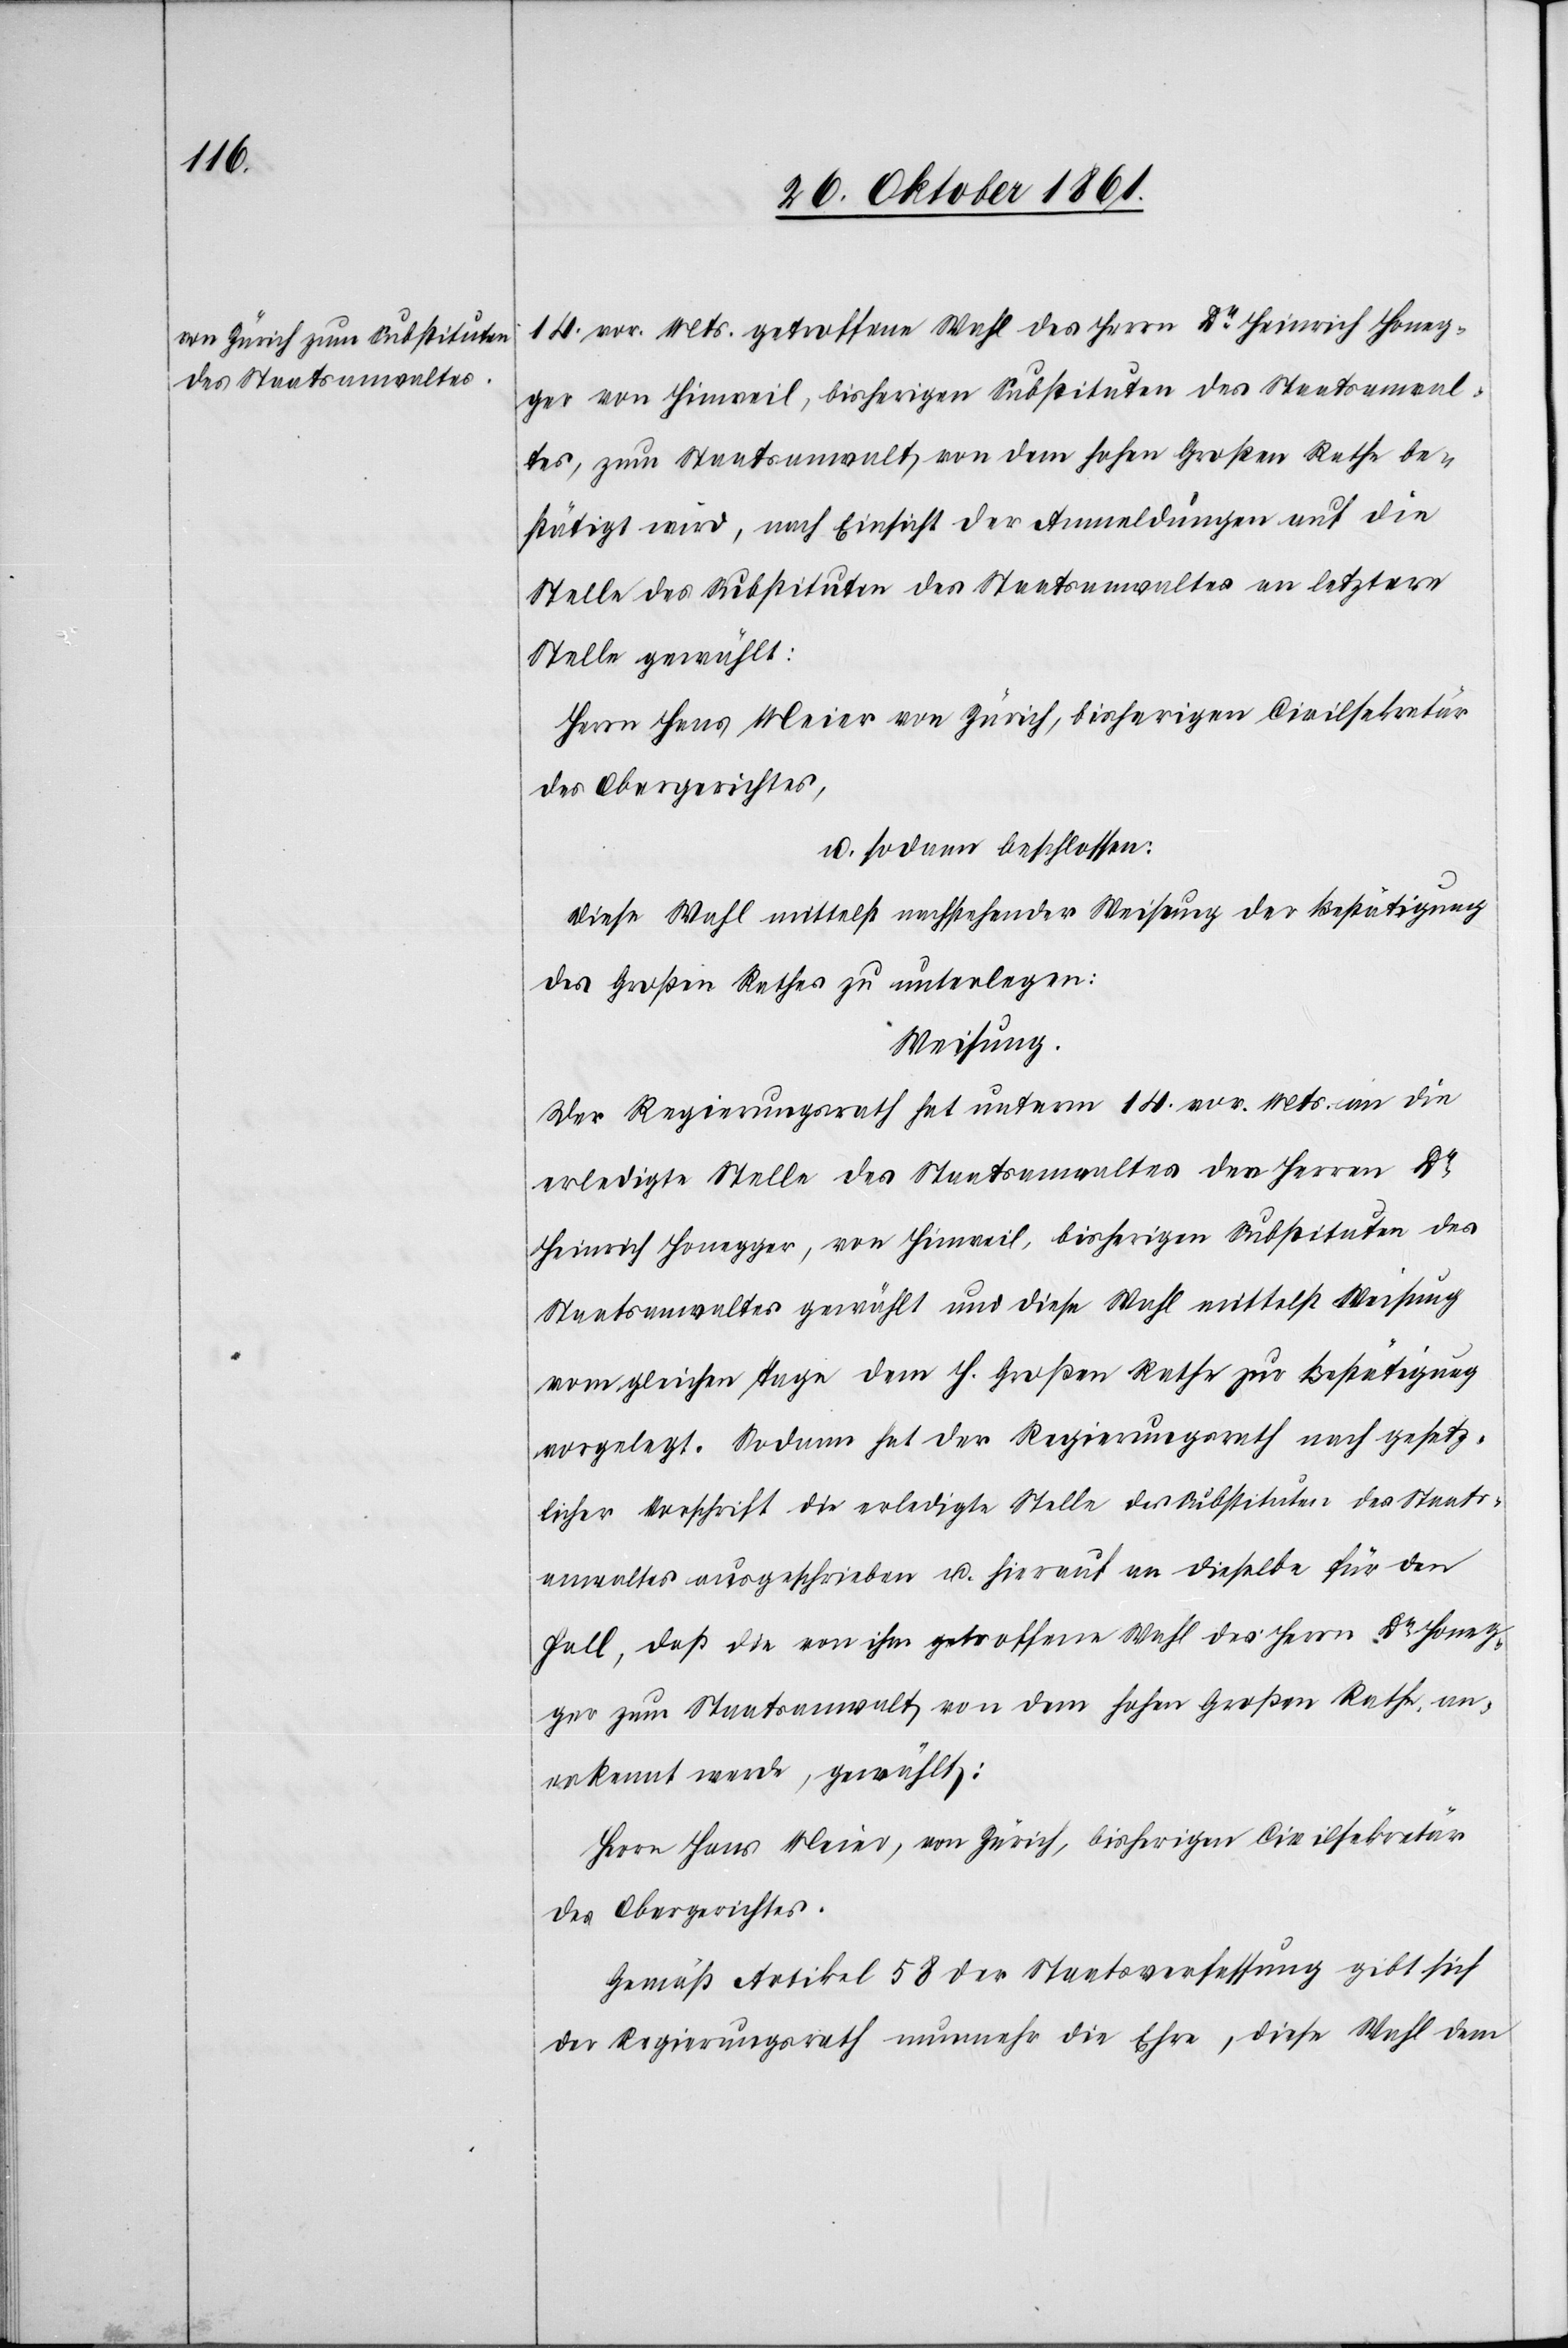
14 vor. Mts. getroffene Wahl des Herrn Dr Heinrich Honeg¬
ger von Hinweil, bisherigen Substituten des Staatsanwal¬
tes, zum Staatsanwalt von dem Hohen Großen Rathe be¬
stätigt wird, nach Einsicht der Anmeldungen auf die
Stelle des Substituten des Staatsanwaltes an letztere
Stelle gewählt:
Herrn Hans Meier von Zürich, bisherigen Civilsekretär
des Obergerichtes,
u. sodann beschlossen:
Diese Wahl mittelst nachstehender Weisung der Bestätigung
des Großen Rathes zu unterlegen:
Weisung.
Der Regierungsrath hat unterm 14 vor. Mts. an die
erledigte Stelle des Staatsanwaltes den Herrn Dr
Heinrich Honegger, von Hinweil, bisherigen Substituten des
Staatsanwaltes gewählt und diese Wahl mittelst Weisung
vom gleichen Tage dem H. Großen Rathe zur Bestätigung
vorgelegt. Sodann hat der Regierungsrath nach gesetz¬
licher Vorschrift die erledigte Stelle des Substituten des Staats¬
anwaltes ausgeschrieben u. hierauf an dieselbe für den
Fall, daß die von ihm getroffene Wahl des Herrn Dr Honeg¬
ger zum Staatsanwalt von dem hohen Großen Rathe an¬
erkannt werde, gewählt:
Herr Hans Meier, von Zürich, bisherigen Civilsekretär
des Obergerichtes.
Gemäß Artikel 58 der Staatsverfassung gibt sich
der Regierungsrath nunmehr die Ehre, diese Wahl dem